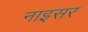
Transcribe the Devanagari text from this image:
नाइसर